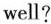
well?